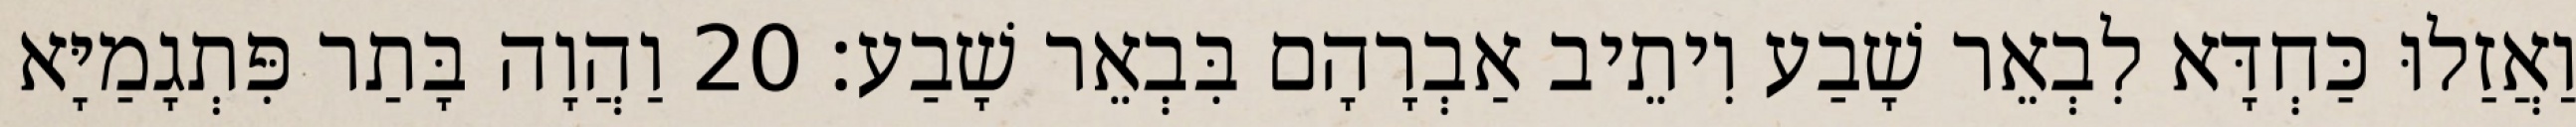
וַאֲזַלוּ כַּחְדָּא לִבְאֵר שָׁבַע וִיתֵיב אַבְרָהָם בִּבְאֵר שָׁבַע׃ 20 וַהֲוָה בָּתַר פִּתְגָמַיָּא